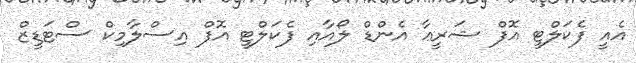
އެއީ ފެކަލްޓީ އޮފް ޝަރީޢާ އެންޑް ލޯއާއި ފެކަލްޓީ އޮފް އިސްލާމިކް ސްޓަޑީޒް